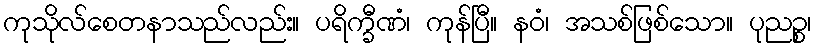
ကုသိုလ်စေတနာသည်လည်း။ ပရိက္ခီဏံ၊ ကုန်ပြီ။ နဝံ၊ အသစ်ဖြစ်သော။ ပုညဉ္စ၊